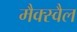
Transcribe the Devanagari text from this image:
मैक्स्वैल